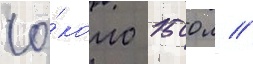
(о́коло 1500 л //